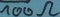
Text: 100Ω